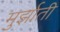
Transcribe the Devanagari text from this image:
मुर्झाती